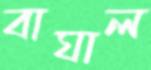
বাঘাল